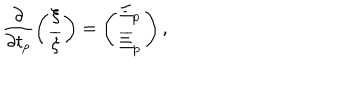
\frac { \partial } { \partial t _ { p } } \left( \begin{array} { c c } { { \xi } } \\ { { { \overline { { \xi } } } } } \\ \end{array} \right) = \left( \begin{array} { c c } { { { \Xi } _ { p } } } \\ { { { \overline { { \Xi } } } _ { p } } } \\ \end{array} \right) ,